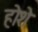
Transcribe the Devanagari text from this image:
होशे